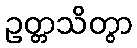
ဥတ္တသိတွာ